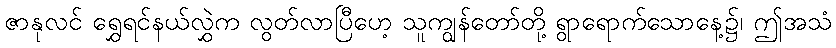
ဇာနုလင် ရွှေရင်နယ်လွှဲက လွတ်လာပြီဟေ့ သူကျွန်တော်တို့ ရွာရောက်သောနေ့၌၊ ဤအသံ